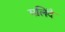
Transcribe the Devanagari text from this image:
मलिंदै